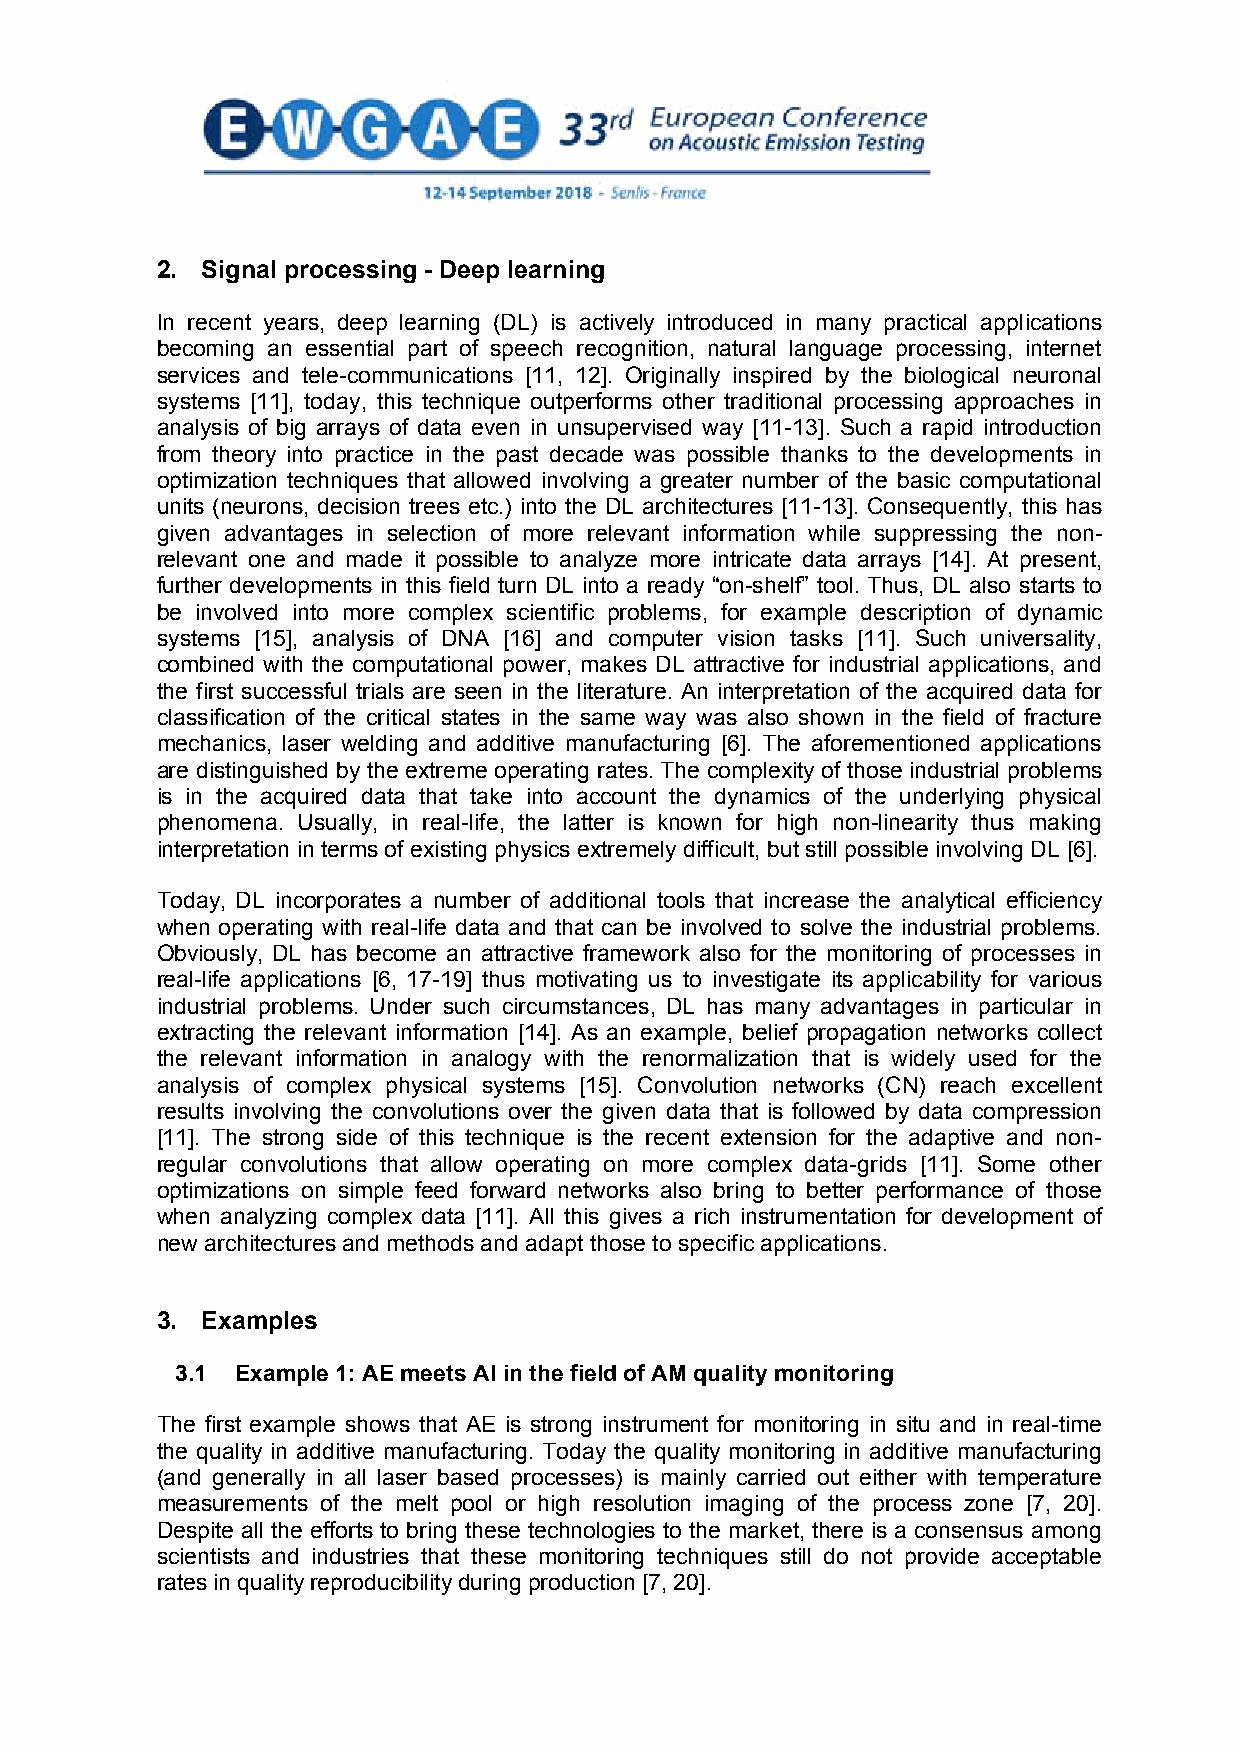
2. Signal processing - Deep learning
 In recent years, deep learning (DL) is actively introduced in many practical applications
 becoming an essential part of speech recognition, natural language processing, internet
 services and tele-communications [11, 12]. Originally inspired by the biological neuronal
 systems [11], today, this technique outperforms other traditional processing approaches in
 analysis of big arrays of data even in unsupervised way [11-13]. Such a rapid introduction
 from theory into practice in the past decade was possible thanks to the developments in
 optimization techniques that allowed involving a greater number of the basic computational
 units (neurons, decision trees etc.) into the DL architectures [11-13]. Consequently, this has
 given advantages in selection of more relevant information while suppressing the non-
 relevant one and made it possible to analyze more intricate data arrays [14]. At present,
 further developments in this field turn DL into a ready “on-shelf” tool. Thus, DL also starts to
 be involved into more complex scientific problems, for example description of dynamic
 systems [15], analysis of DNA [16] and computer vision tasks [11]. Such universality,
 combined with the computational power, makes DL attractive for industrial applications, and
 the first successful trials are seen in the literature. An interpretation of the acquired data for
 classification of the critical states in the same way was also shown in the field of fracture
 mechanics, laser welding and additive manufacturing [6]. The aforementioned applications
 are distinguished by the extreme operating rates. The complexity of those industrial problems
 is in the acquired data that take into account the dynamics of the underlying physical
 phenomena. Usually, in real-life, the latter is known for high non-linearity thus making
 interpretation in terms of existing physics extremely difficult, but still possible involving DL [6].
 Today, DL incorporates a number of additional tools that increase the analytical efficiency
 when operating with real-life data and that can be involved to solve the industrial problems.
 Obviously, DL has become an attractive framework also for the monitoring of processes in
 real-life applications [6, 17-19] thus motivating us to investigate its applicability for various
 industrial problems. Under such circumstances, DL has many advantages in particular in
 extracting the relevant information [14]. As an example, belief propagation networks collect
 the relevant information in analogy with the renormalization that is widely used for the
 analysis of complex physical systems [15]. Convolution networks (CN) reach excellent
 results involving the convolutions over the given data that is followed by data compression
 [11]. The strong side of this technique is the recent extension for the adaptive and non-
 regular convolutions that allow operating on more complex data-grids [11]. Some other
 optimizations on simple feed forward networks also bring to better performance of those
 when analyzing complex data [11]. All this gives a rich instrumentation for development of
 new architectures and methods and adapt those to specific applications.
 3. Examples
 3.1 Example 1: AE meets AI in the field of AM quality monitoring
 The first example shows that AE is strong instrument for monitoring in situ and in real-time
 the quality in additive manufacturing. Today the quality monitoring in additive manufacturing
 (and generally in all laser based processes) is mainly carried out either with temperature
 measurements of the melt pool or high resolution imaging of the process zone [7, 20].
 Despite all the efforts to bring these technologies to the market, there is a consensus among
 scientists and industries that these monitoring techniques still do not provide acceptable
 rates in quality reproducibility during production [7, 20].
 3